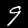
Digit: 9